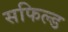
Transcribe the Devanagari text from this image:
सफिल्ड